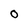
Character: 0